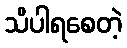
သိပါရစေတဲ့